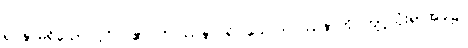
ရုပ်နာမ်ရှိသော ပုဂ္ဂိုလ်၏။ ဝိပဿနာပရိဝါသေ၊ ဝိပဿနာကို ကျင့်သုံးရာအခါ၌။